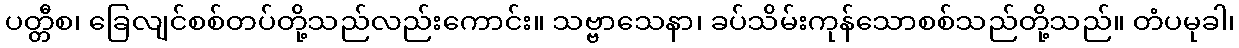
ပတ္တီစ၊ ခြေလျင်စစ်တပ်တို့သည်လည်းကောင်း။ သဗ္ဗာသေနာ၊ ခပ်သိမ်းကုန်သောစစ်သည်တို့သည်။ တံပမုခါ၊